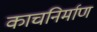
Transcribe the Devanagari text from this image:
काचनिर्माण